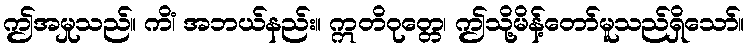
ဤအမှုသည်။ ကိံ၊ အဘယ်နည်း။ ဣတိဝုတ္တေ၊ ဤသို့မိန့်တော်မူသည်ရှိသော်။